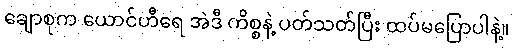
ချောစုက ယောင်ဟီရေ အဲဒီ ကိစ္စနဲ့ ပတ်သတ်ပြီး ထပ်မပြောပါနဲ့။